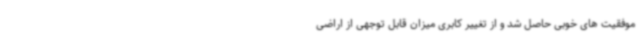
موفقیت های خوبی حاصل شد و از تغییر کابری میزان قابل توجهی از اراضی